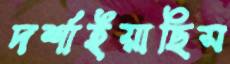
দর্শাইয়াছিস